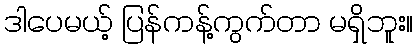
ဒါပေမယ့် ပြန်ကန့်ကွက်တာ မရှိဘူး။